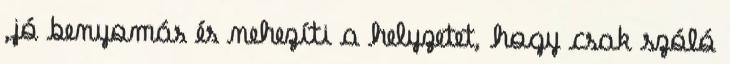
,jó benyomás és nehezíti a helyzetet, hogy csak szóló